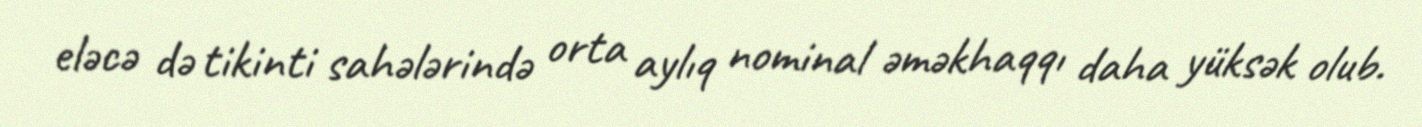
eləcə də tikinti sahələrində orta aylıq nominal əməkhaqqı daha yüksək olub.